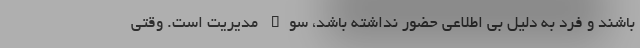
باشند و فرد به دلیل بی اطلاعی حضور نداشته باشد، سوء مدیریت است. وقتی